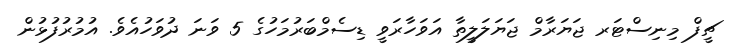
ޗީފް މިނިސްޓަރ ޖަޔަރާމް ޖަޔަލަލީތާ އަވަހާރަވީ ޑިސެމްބަރުމަހުގެ 5 ވަނަ ދުވަހުއެވެ. އުމުރުފުޅުން